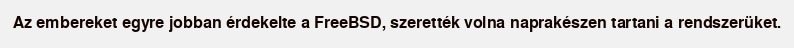
Az embereket egyre jobban érdekelte a FreeBSD, szerették volna naprakészen tartani a rendszerüket.